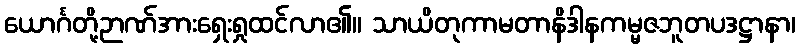
ယောင်္ဂတို့ဉာဏ်အားရှေးရှုထင်လာ၏။ သာယိတုကာမတာနိဒါနကမ္မဇဘူတပဒဋ္ဌာနာ၊